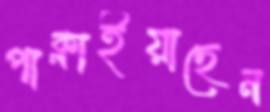
পাক্‌লাইয়াছেন